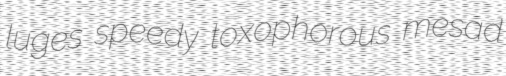
luges speedy toxophorous mesad